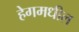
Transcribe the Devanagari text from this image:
हेगमधील